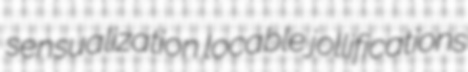
sensualization locable jollifications